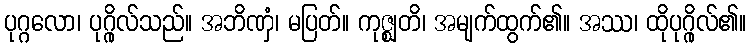
ပုဂ္ဂလော၊ ပုဂ္ဂိုလ်သည်။ အဘိဏှံ၊ မပြတ်။ ကုဇ္ဈတိ၊ အမျက်ထွက်၏။ အဿ၊ ထိုပုဂ္ဂိုလ်၏။